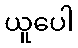
ယူပေါ